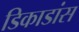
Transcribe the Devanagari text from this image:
डिकाडांस